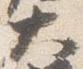
大